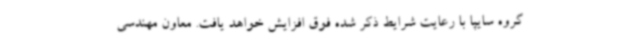
گروه سایپا با رعایت شرایط ذکر شده فوق افزایش خواهد یافت. معاون مهندسی